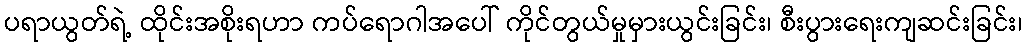
ပရာယွတ်ရဲ့ ထိုင်းအစိုးရဟာ ကပ်ရောဂါအပေါ် ကိုင်တွယ်မှုမှားယွင်းခြင်း၊ စီးပွားရေးကျဆင်းခြင်း၊